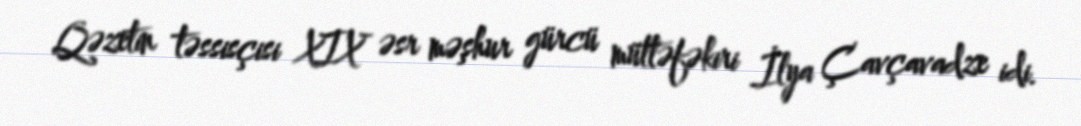
Qəzetin təssisçisi XIX əsr məşhur gürcü müttəfəkiri İlya Çavçavadze idi.